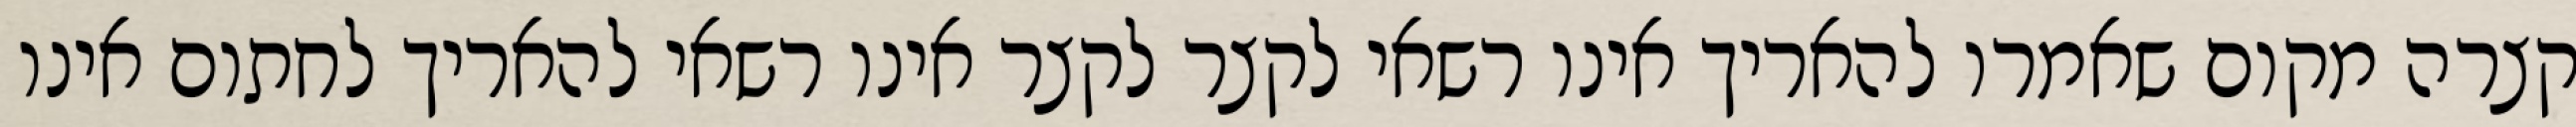
קצרה מקום שאמרו להאריך אינו רשאי לקצר לקצר אינו רשאי להאריך לחתום אינו